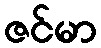
ဇင်မာ